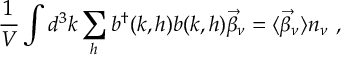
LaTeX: \frac { 1 } { V } \int d ^ { 3 } k \sum _ { h } b ^ { \dagger } ( k , h ) b ( k , h ) \vec { \beta } _ { \nu } = \langle \vec { \beta } _ { \nu } \rangle n _ { \nu } ~ ,